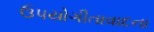
ઉપયોગીતાવાદના